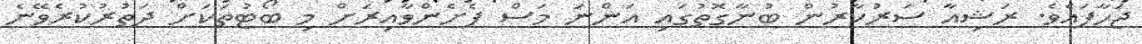
ޖަހާފައެވެ. ރަޝިއާ ސަރުކާރުން ބުނާގޮތުގައި އަންނަ މަސް ފެށެންވާއިރަށް މި ބޯޓުތަކަށް ދަތުރުކުރެވޭނެ